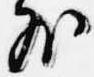
外